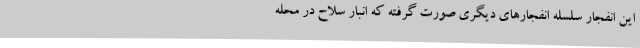
این انفجار سلسله انفجارهای دیگری صورت گرفته که انبار سلاح در محله